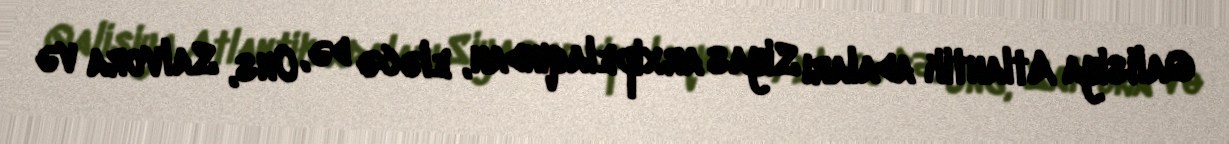
Qalisiya Atlantik adaları Siyas arxipelaqından, eləcə də, Ons, Salvora və